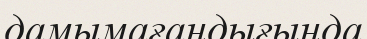
дамымағандығында